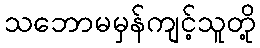
သဘောမမှန်ကျင့်သူတို့